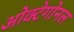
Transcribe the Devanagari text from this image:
ओक्टेगोनल